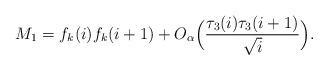
LaTeX: \begin{align*}M_1=f_k(i)f_k(i+1)+O_\alpha\Big(\frac{\tau_3(i)\tau_3(i+1)}{\sqrt{i}}\Big).\end{align*}